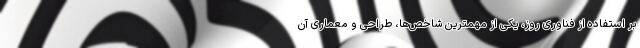
بر استفاده از فناوری روز، یکی از مهمترین شاخص‌ها، طراحی و معماری آن